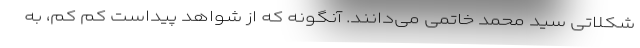
شکلاتی سید محمد خاتمی می‌دانند. آنگونه که از شواهد پیداست کم کم، به